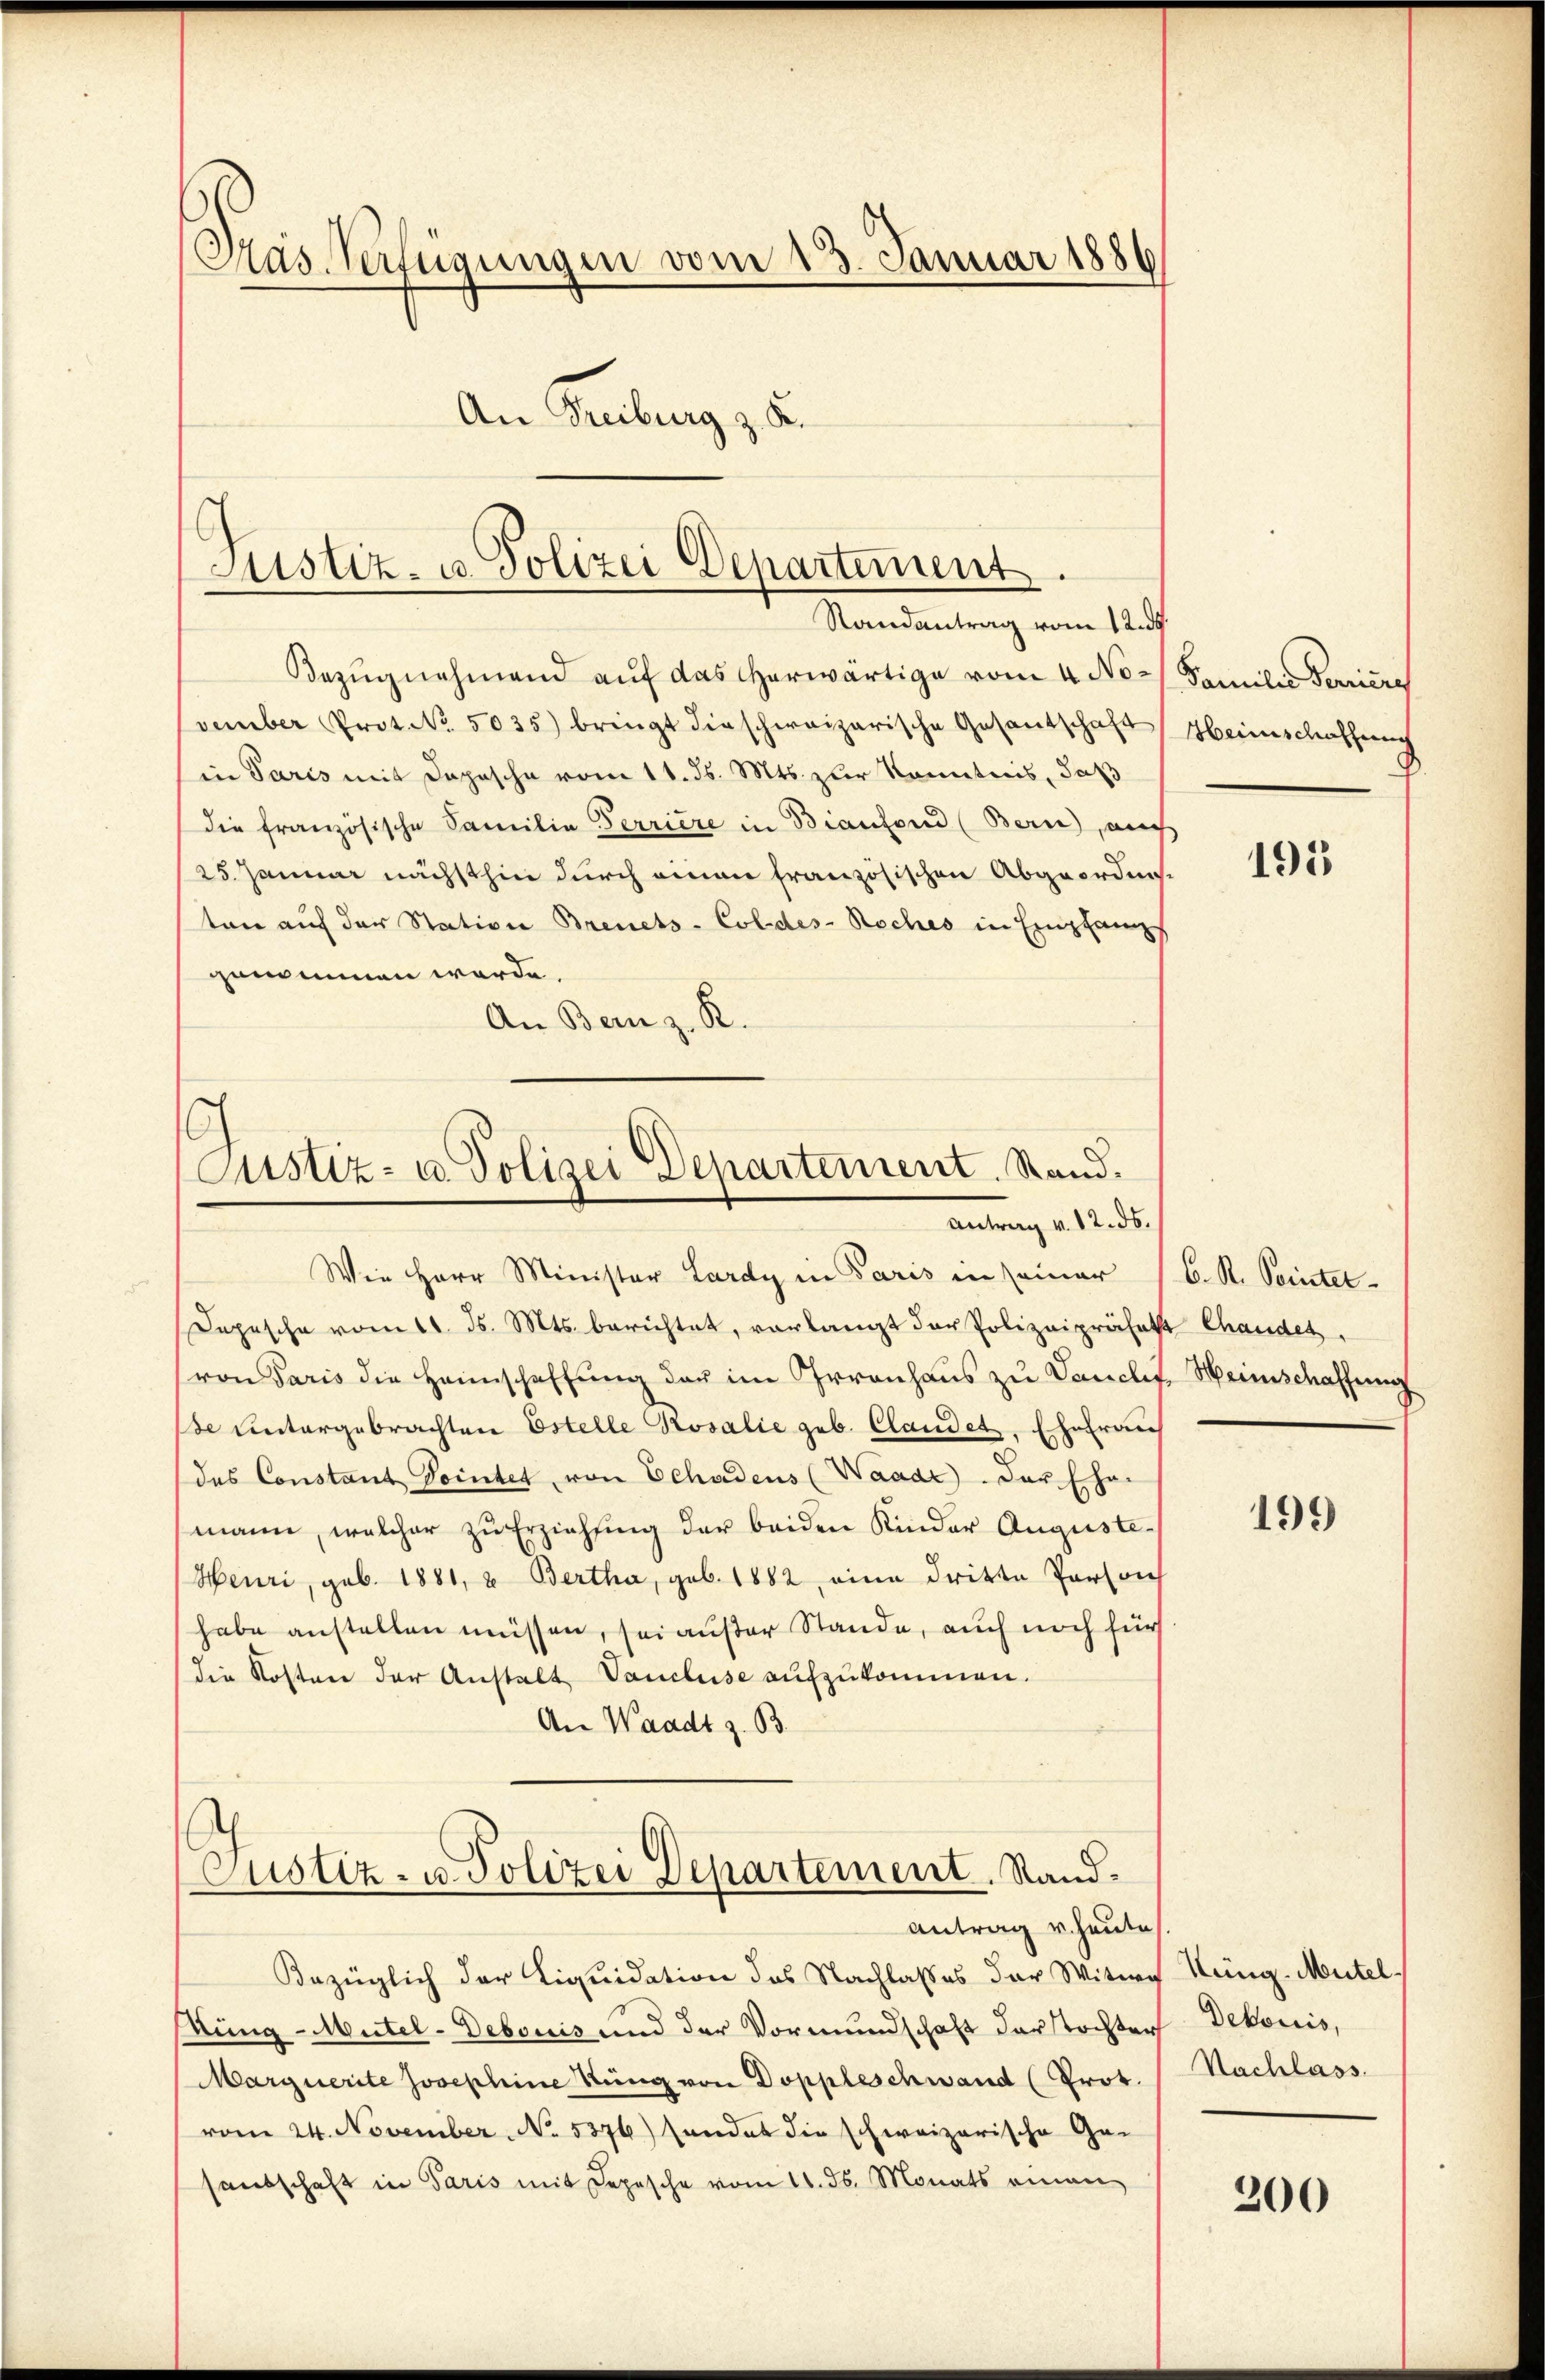
Pras-Verfügungen vom 13. Januar 1886
An Freiburg z. B.

Justiz- u. Polizei Departement.
Randantrag vom 12. ds.

Bezŭgnehmend aŭf das herwärtige vom 4. No- Familie Feriere
vember Prot. No. 5035) bringt die schweizerische Gesantschaft Heimschaffung
in Paris mit Depesche vom 11. ds. Mts. zur Kenntnis, daß
die französische Familie Terriere in Bianfond (Bern), auch
(25. Januar nächsthin durch einen französischen Abgeordneten auf der Station Brenets-Coldes- Noches in Empfangs
genommen werde.
An Bern z. R.

Justiz- u. Polizei Departement. Stand.
Antrag v. 12. ds.

Wie Herr Minister Lardy in Paris in seiner C. R. Seitet
Dopische vom 11. ds. Mts. berichtet, verlangt der Polizeipräses Chandes.
(von Paris die Heimschaffung der im Irrenhaus zu Vancles Weinschaffung
de untergebrachten Estelle Prosalie geb. Claudet. Ehefrau
das Constant Pointet, von Schadens (Waade. Das Ehe-
mann, welcher zŭ Erziehung der beiden Kinder Auguste-
Heuri, geb. 1881, u Bertha, geb. 1882 eine dritte Person
habe anstellen müssen, sei außer Stande, auch noch für
die Kosten der Anstalt Vancluse aufzukommen.
An Waadt z. B.

Custiz- u. Polizei Departement, Stand¬

Bezüglich der Liquidation des Nachlasses der Witwe Küng-Mutel
ung-Mutel-Debouis und der Vormundschaft darstochten Dekoriis,
Marquerite Josephine Küng von Doppleschwand (Prot.
vom 24. November No. 5376) sendet die schweizerische Ga-
santschaft in Paris mit Depesche vom 11. ds. Monats einen

Antrag u. heute

195

199

Nachlass

200